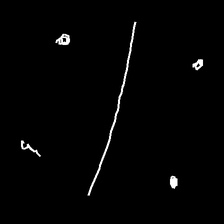
Glyph: cool